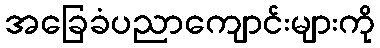
အခြေခံပညာကျောင်းများကို